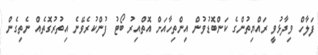
ފަލާހް ވިދާޅުވީ ރައްޔިތުންގެ ކަންބޮޑުވުން އިންތިހާއަށް އޮތްއިރު ބޯޓު ފުންކުރެވޭނެ އިތުރުގޮތެއް ނެތިގެން